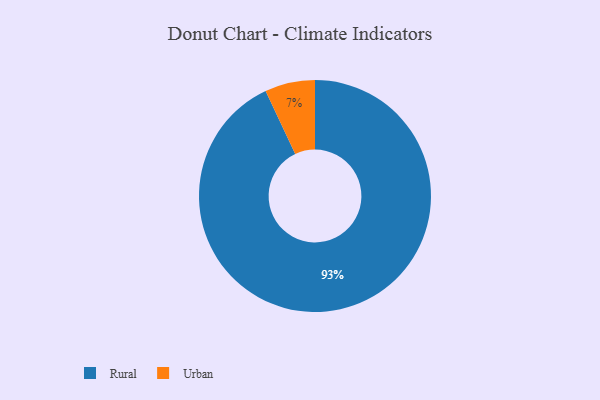
{"axis": {"x": "Category", "y": "Percentage"}, "legend": ["Rural", "Urban"], "data": [{"x": "Urban", "y": 7, "type": "Urban"}, {"x": "Rural", "y": 93, "type": "Rural"}]}